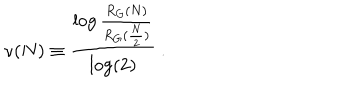
LaTeX: \nu ( N ) \equiv \frac { \log \frac { R _ { G } ( N ) } { R _ { G } ( \frac { N } { 2 } ) } } { \log ( 2 ) } \ .